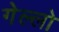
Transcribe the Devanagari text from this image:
गेल्‍लो